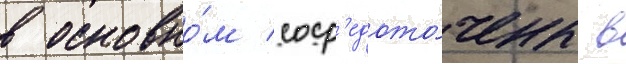
в основно́м соср'едото́чены в